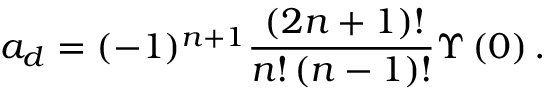
{ a _ { d } } = ( - 1 ) ^ { n + 1 } \frac { \, ( 2 n + 1 ) ! } { { n } ! \left( n - 1 \right) ! } \Upsilon \left( 0 \right) .